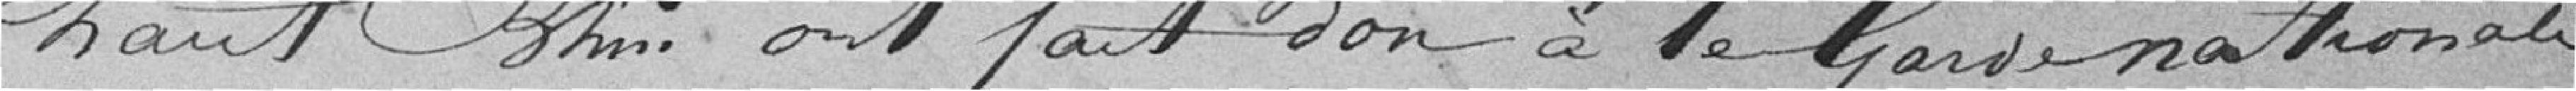
Haut-Rhin ont fait don à la garde nationale